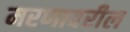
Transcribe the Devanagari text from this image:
मरणावरील